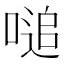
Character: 㗓